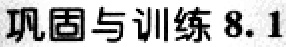
巩固与训练 8.1